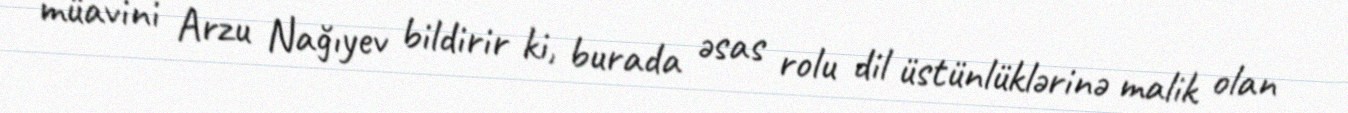
müavini Arzu Nağıyev bildirir ki, burada əsas rolu dil üstünlüklərinə malik olan